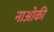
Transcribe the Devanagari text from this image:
नाओकी